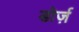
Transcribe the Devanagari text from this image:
डोर्ज़